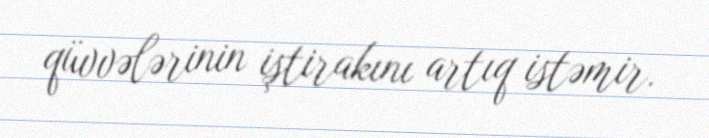
qüvvələrinin iştirakını artıq istəmir.